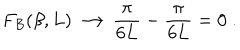
F _ { B } ( \beta , L ) \longrightarrow \frac { \pi } { 6 L } - \frac { \pi } { 6 L } = 0 \; .